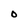
Character: O